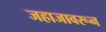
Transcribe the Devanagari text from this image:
जहाजावरून